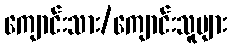
ကျောင်းသား/ကျောင်းသူများ